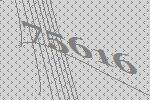
75616